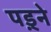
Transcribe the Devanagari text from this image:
पड़्ने